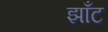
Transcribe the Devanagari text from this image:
झाँट